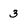
Character: 3